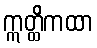
ဣတ္ထိကထာ